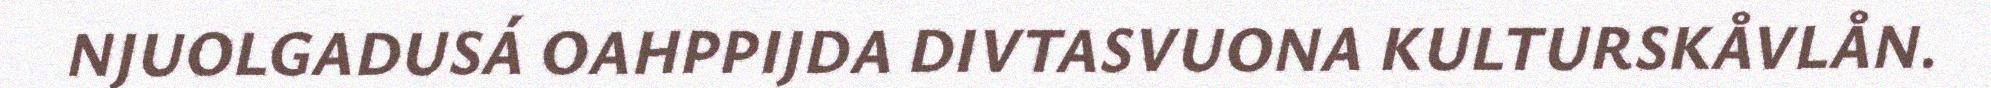
NJUOLGADUSÁ OAHPPIJDA DIVTASVUONA KULTURSKÅVLÅN.